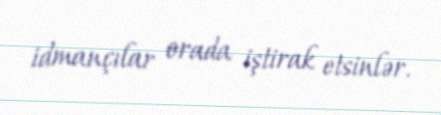
idmançılar orada iştirak etsinlər.